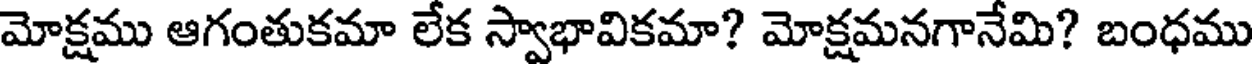
మోక్షము ఆగంతుకమా లేక స్వాభావికమా? మోక్షమనగానేమి? బంధము